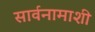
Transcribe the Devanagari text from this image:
सार्वनामाशी